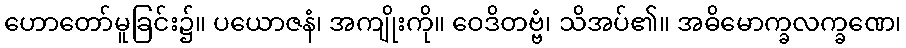
ဟောတော်မူခြင်း၌။ ပယောဇနံ၊ အကျိုးကို။ ဝေဒိတဗ္ဗံ၊ သိအပ်၏။ အဓိမောက္ခလက္ခဏေ၊